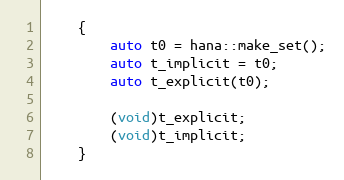
Language: C++
    {
        auto t0 = hana::make_set();
        auto t_implicit = t0;
        auto t_explicit(t0);

        (void)t_explicit;
        (void)t_implicit;
    }